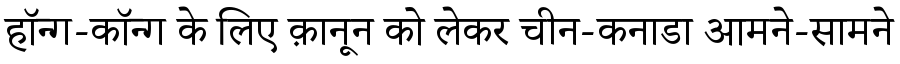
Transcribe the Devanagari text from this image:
हॉन्ग-कॉन्ग के लिए क़ानून को लेकर चीन-कनाडा आमने-सामने